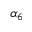
\alpha _ { 6 }